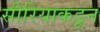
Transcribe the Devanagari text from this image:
सीरियाकडून